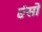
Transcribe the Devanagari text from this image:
एंसो